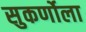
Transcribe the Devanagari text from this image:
सुकर्णोला